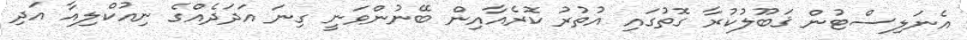
އެނަލިސްޓުން ޤަބޫލުކުރާ ގޮތުގައި އުތުރު ކޮރެއާއިން ބޭނުންވަނީ ގިނަ އަދަދެއްގެ ނިއުކްލިއާ އަދި